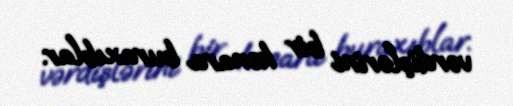
vərdişlərini bir kənara buraxıblar.